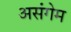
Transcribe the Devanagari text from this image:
असंगेम